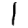
Digit: 1